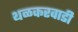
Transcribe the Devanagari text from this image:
थळकरवाडी